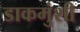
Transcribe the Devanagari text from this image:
डाकमुंशी